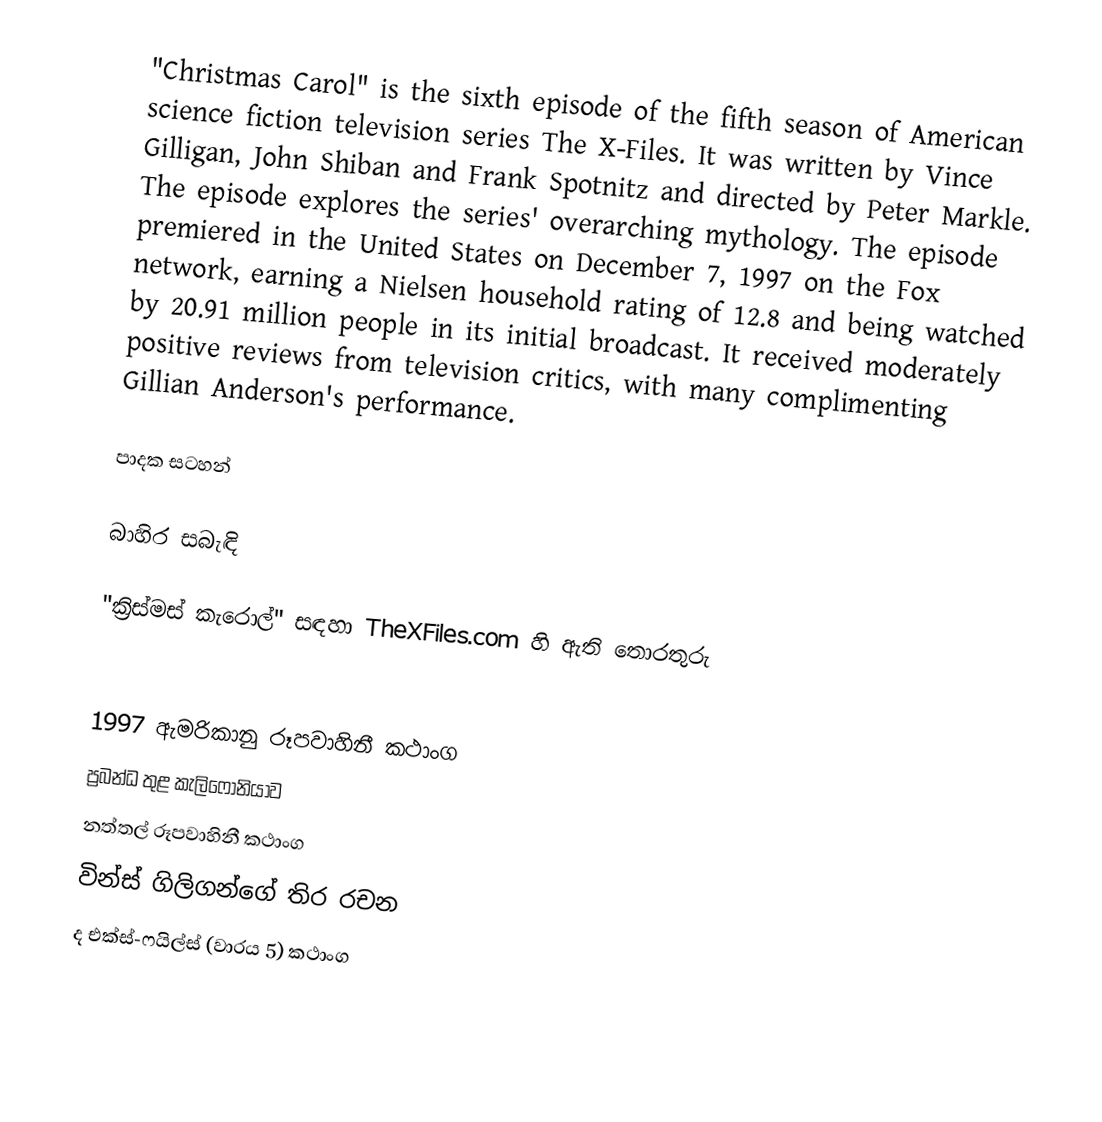
"Christmas Carol" is the sixth episode of the fifth season of American science fiction television series The X-Files. It was written by Vince Gilligan, John Shiban and Frank Spotnitz and directed by Peter Markle. The episode explores the series' overarching mythology. The episode premiered in the United States on December 7, 1997 on the Fox network, earning a Nielsen household rating of 12.8 and being watched by 20.91 million people in its initial broadcast. It received moderately positive reviews from television critics, with many complimenting Gillian Anderson's performance.

පාදක සටහන්

බාහිර සබැඳි

 "ක්‍රිස්මස් කැරොල්" සඳහා TheXFiles.com හි ඇති තොරතුරු

1997 ඇමරිකානු රූපවාහිනී කථාංග
ප්‍රබන්ධ තුළ කැලිෆෝනියාව
නත්තල් රූපවාහිනී කථාංග
වින්ස් ගිලිගන්ගේ තිර රචන
ද එක්ස්-ෆයිල්ස් (වාරය 5) කථාංග